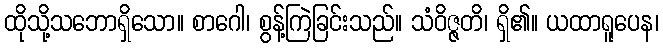
ထိုသို့သဘောရှိသော။ စာဂေါ၊ စွန့်ကြဲခြင်းသည်။ သံဝိဇ္ဇတိ၊ ရှိ၏။ ယထာရူပေန၊